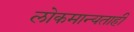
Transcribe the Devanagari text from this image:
लोकमान्यताही